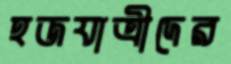
হজযাত্রীদের